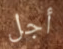
أجل